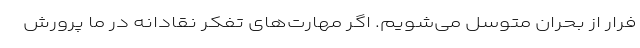
فرار از بحران متوسل می‌شویم. اگر مهارت‌های تفکر نقادانه در ما پرورش